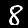
Label: 8